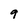
Character: 9